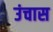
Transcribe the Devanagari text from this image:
उंचास